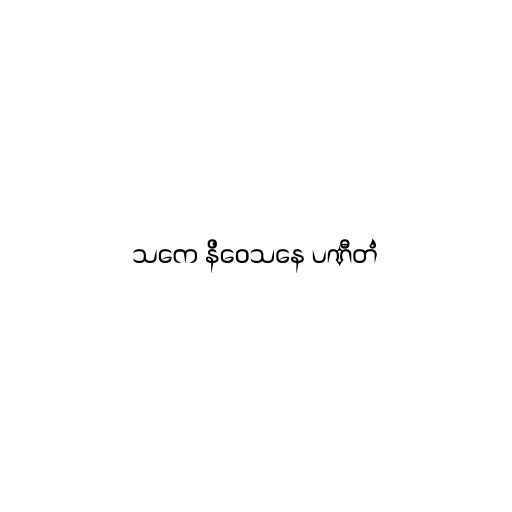
သကေ နိဝေသနေ ပဏီတံ